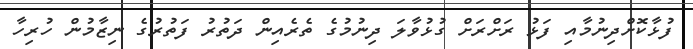
ފުޅާކޮށްދިނުމާއި ފަޅު ރަށްރަށް ގުޅުވާލަ ދިނުމުގެ ތެރެއިން ދަތުރު ފަތުރުގެ ނިޒާމުން ހުރިހާ